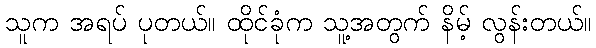
သူက အရပ် ပုတယ်။ ထိုင်ခုံက သူ့အတွက် နိမ့် လွန်းတယ်။